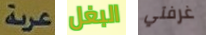
عربة البغل غرفتي